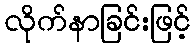
လိုက်နာခြင်းဖြင့်